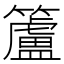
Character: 籚